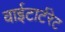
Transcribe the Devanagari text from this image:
वाईटार्टरेट